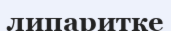
липаритке